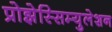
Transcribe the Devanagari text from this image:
प्रोझेस्सिम्युलेशन